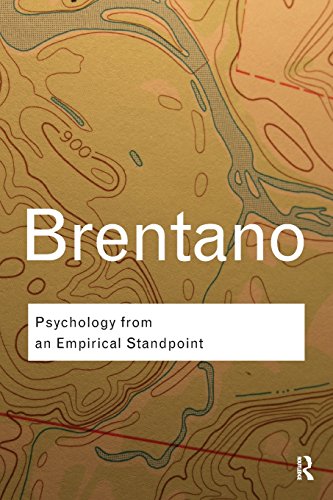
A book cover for Psychology from An Empirical Standpoint (Routledge Classics); Franz Brentano; Medical Books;